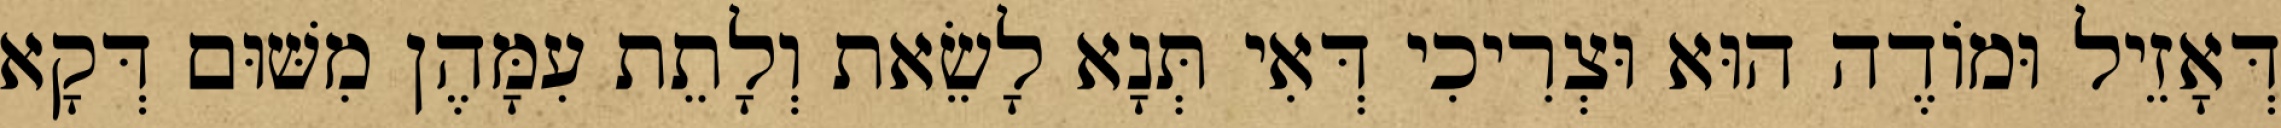
דְּאָזֵיל וּמוֹדֶה הוּא וּצְרִיכִי דְּאִי תְּנָא לָשֵׂאת וְלָתֵת עִמָּהֶן מִשּׁוּם דְּקָא